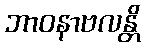
ဘာဝနာဗလန္တိ